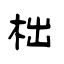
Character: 柮